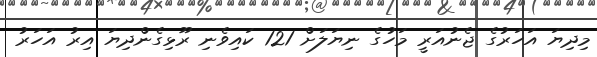
މިދިޔަ އަހަރުގެ ޖެނުއަރީ މަހުގެ ނިޔަލަށް 121 ކައިވެނި ރޫޅިގެންދިޔަ އިރު އަހަރު